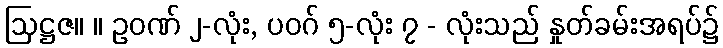
ဩဋ္ဌဇ။ ။ ဥဝဏ် ၂-လုံး, ပဝဂ် ၅-လုံး ၇ - လုံးသည် နှုတ်ခမ်းအရပ်၌